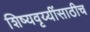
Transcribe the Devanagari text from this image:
शिष्यवृय्यींसाठीच